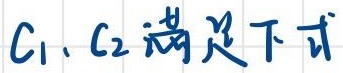
$C_1, C_2满足下式$